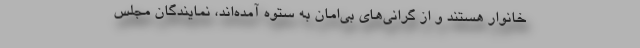
خانوار هستند و از گرانی‌های بی‌امان به ستوه آمده‌اند، نمایندگان مجلس